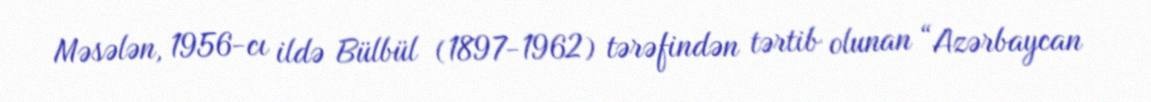
Məsələn, 1956-cı ildə Bülbül (1897-1962) tərəfindən tərtib olunan “Azərbaycan